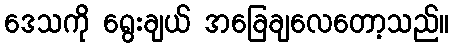
ဒေသကို ရွေးချယ် အခြေချလေတော့သည်။